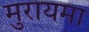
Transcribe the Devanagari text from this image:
मुरायमा